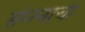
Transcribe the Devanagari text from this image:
संघ्त्नाचा